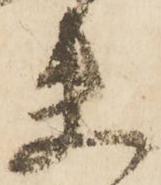
夫